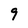
Character: 9